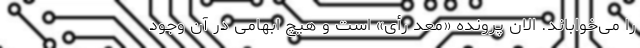
را می‌خواباند. الان پرونده «معدّ رأی» است و هیچ ابهامی در آن وجود